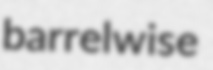
barrelwise